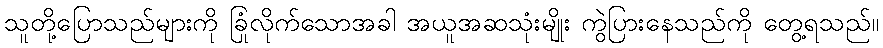
သူတို့ပြောသည်များကို ခြုံလိုက်သောအခါ အယူအဆသုံးမျိုး ကွဲပြားနေသည်ကို တွေ့ရသည်။